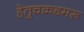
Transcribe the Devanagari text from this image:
हेतुचक्रडमरू